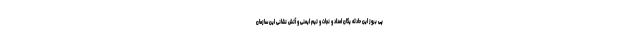
پی بروز این حادثه یگان امداد و نجات و تیم ایمنی و آتش نشانی این سازمان